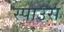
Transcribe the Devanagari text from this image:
स्पाउस